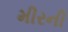
મીરની